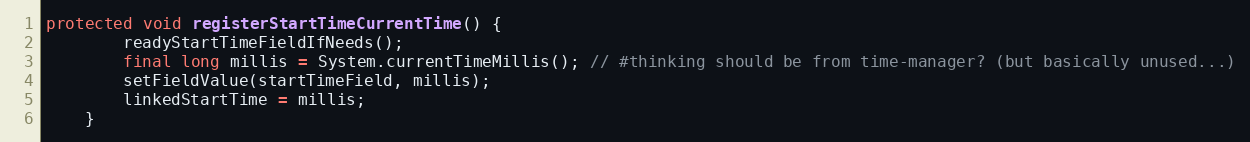
Language: Java
protected void registerStartTimeCurrentTime() {
        readyStartTimeFieldIfNeeds();
        final long millis = System.currentTimeMillis(); // #thinking should be from time-manager? (but basically unused...)
        setFieldValue(startTimeField, millis);
        linkedStartTime = millis;
    }